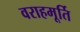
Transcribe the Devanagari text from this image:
वराहमूर्ति